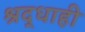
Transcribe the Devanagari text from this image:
श्रद्धाही